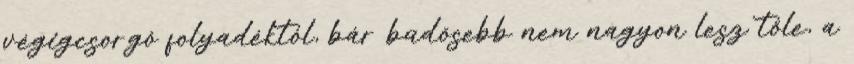
végigcsorgó folyadéktól, bár büdösebb nem nagyon lesz tőle, a